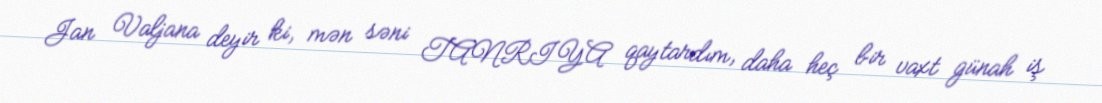
Jan Valjana deyir ki, mən səni TANRIYA qaytardım, daha heç bir vaxt günah iş